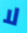
لا